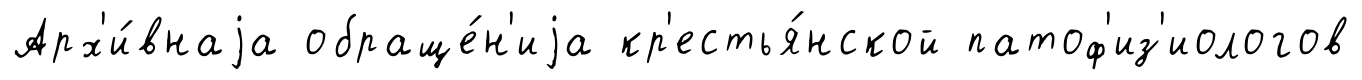
Арх'и́внаjа обраще́н'иjа кр'естья́нской патоф'из'иологов